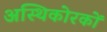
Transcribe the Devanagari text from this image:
अस्थिकोरकों